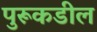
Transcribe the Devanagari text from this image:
पुरूकडील